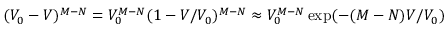
( V _ { 0 } - V ) ^ { M - N } = V _ { 0 } ^ { M - N } ( 1 - V / V _ { 0 } ) ^ { M - N } \approx V _ { 0 } ^ { M - N } \exp ( - ( M - N ) V / V _ { 0 } )